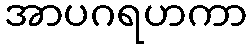
အာပဂရဟကာ